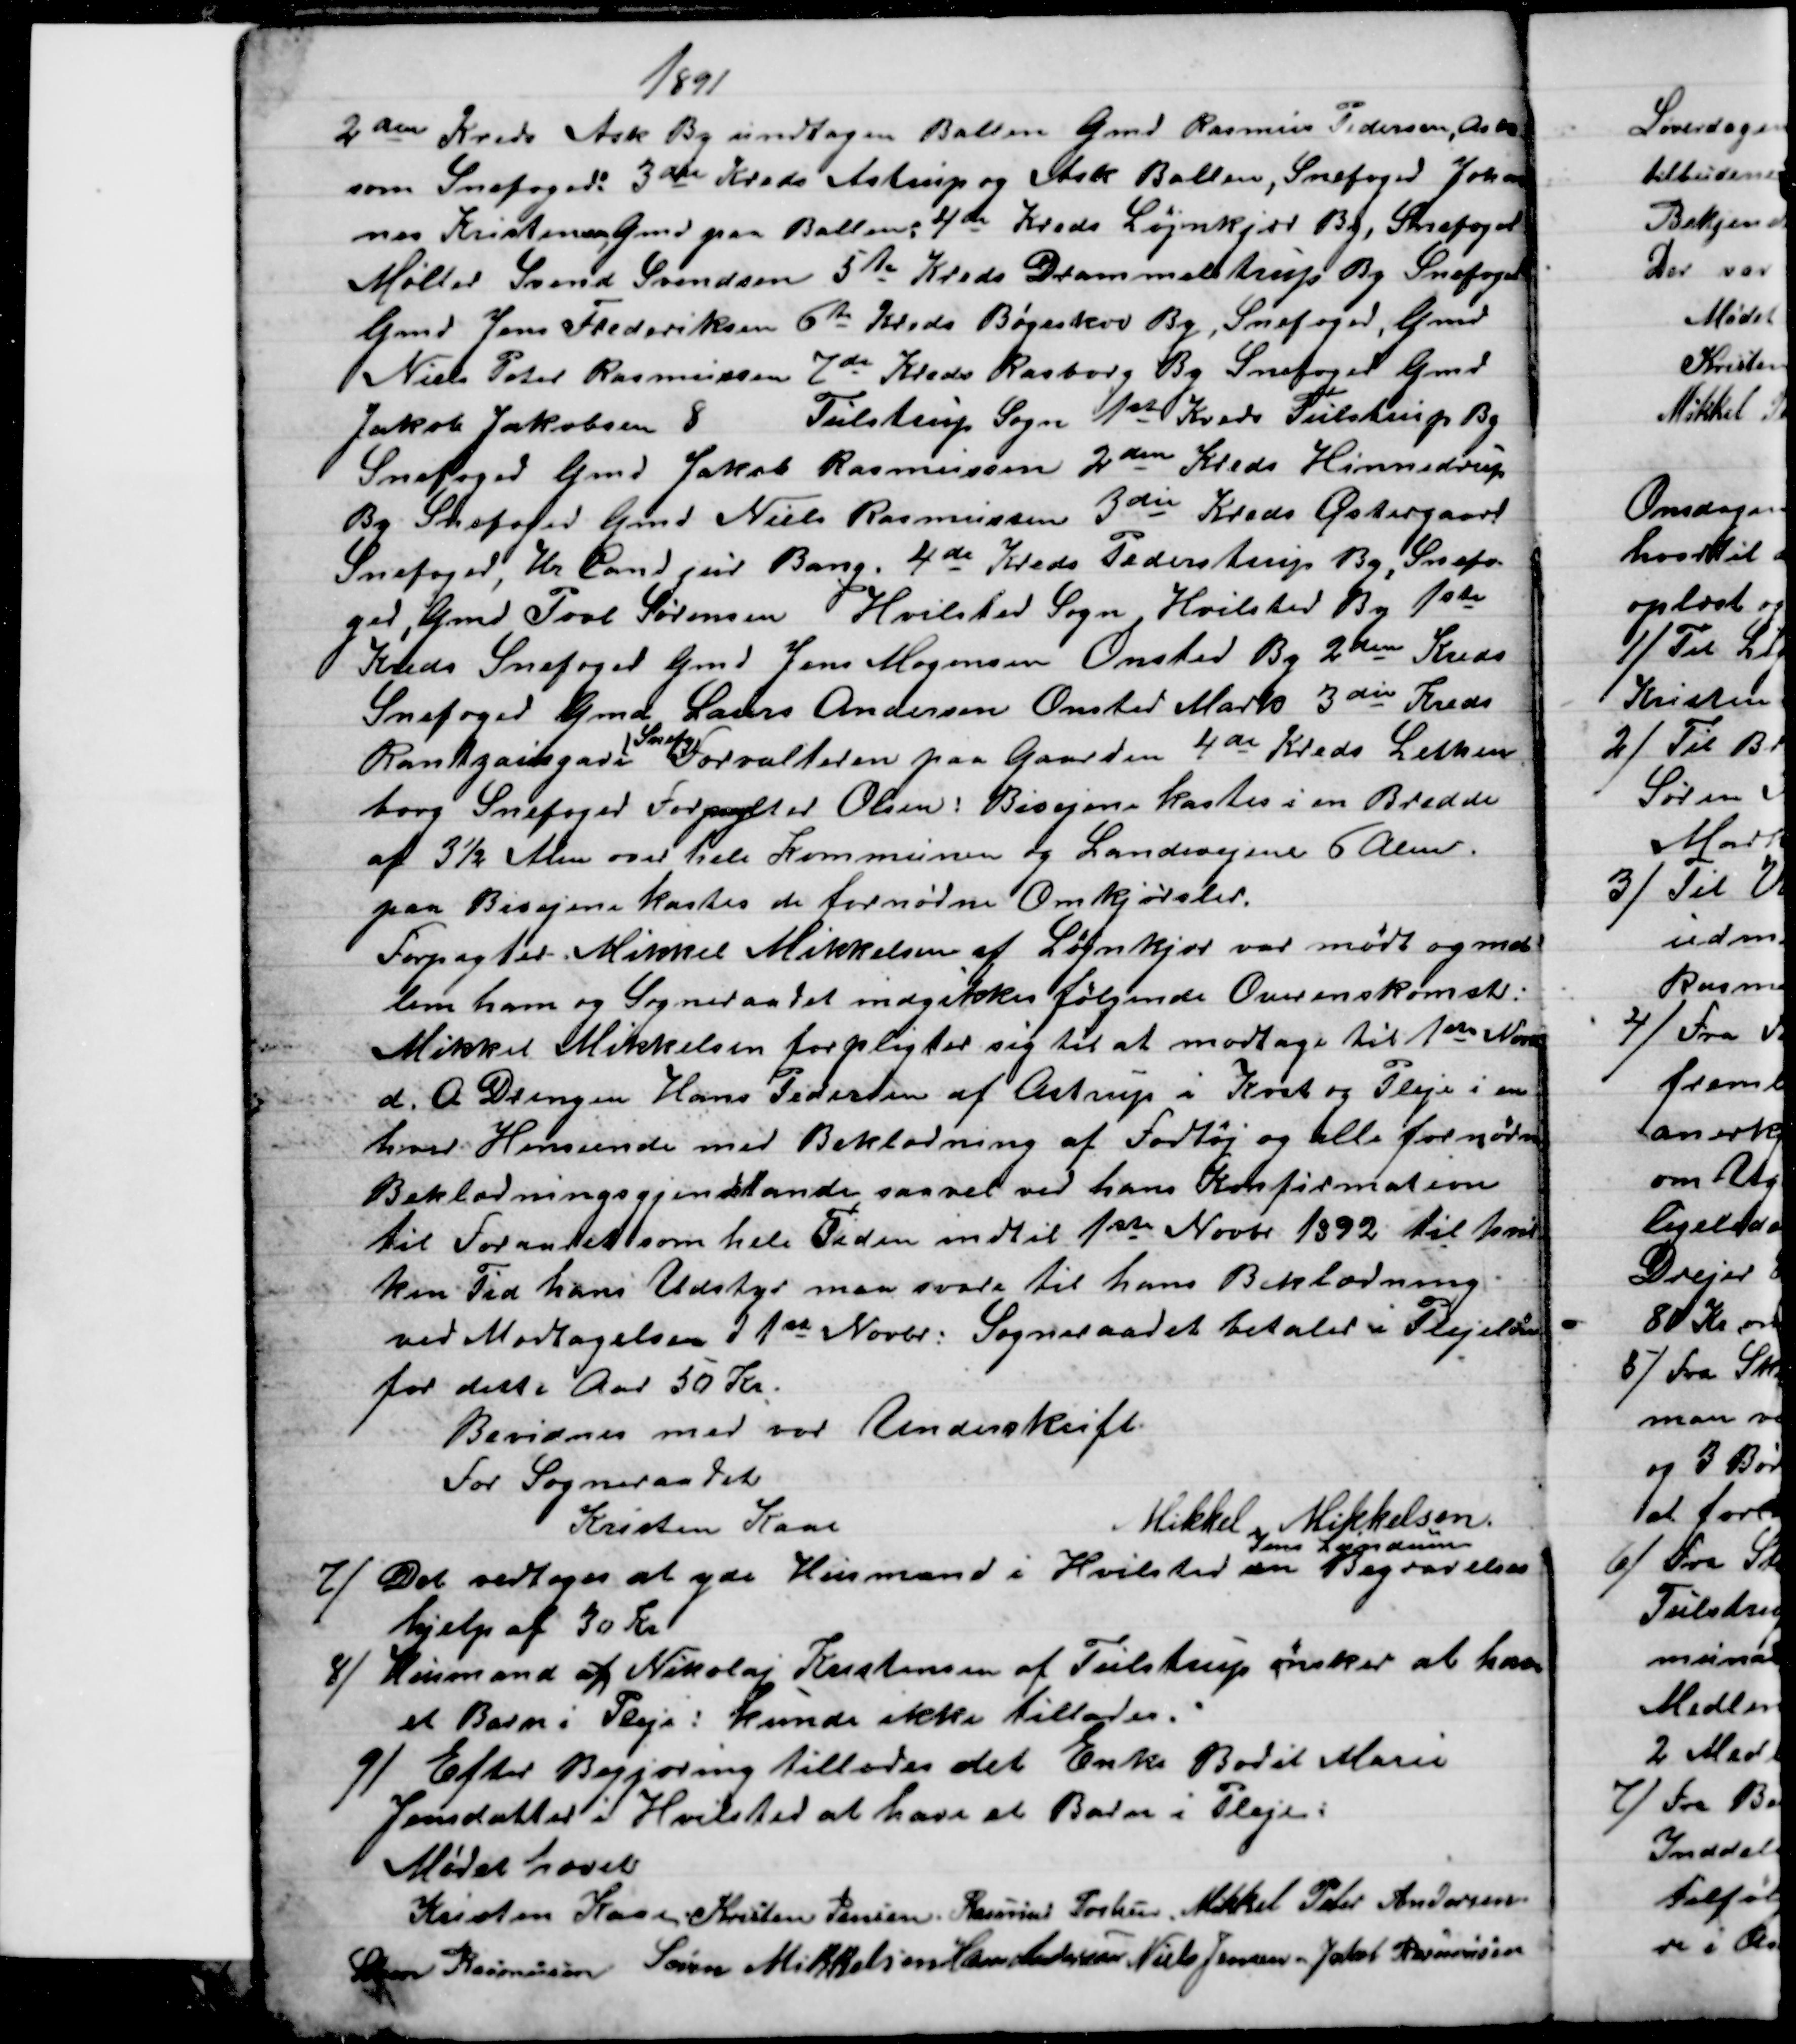
Transskription:
1891
2den Kreds Ask By undtagen Ballen Gmd Rasmus Pedersen, Ask
som Snefoged:  3de Kreds Astrup og Ask Ballen, Snefoged Johan
nes Kristensen, Gmd paa Ballen: 4de Kreds Løjnkjær By, Snefoged
Møller Svend Svendsen 5te Kreds Drammelstrup By Snefoged
Gmd Jens Frederiksen 6te Kreds Bøgeskov By, Snefoged, Gmd
Niels Peter Rasmussen 7de Kreds Rasborg By Snefoged Gmd
Jakob Jakobsen 8
Tulstrup Sogn 1st Kreds Tulstrup By
Snefoged Gmd Jakob Rasmussen 2den Kreds Hinnedrup
By Snefoged Gmd Niels Rasmussen 3die Kreds Østergaard
Snefoged, Hr. Cand jur Bang, 4de Kreds Pederstrup By, Snefo-
ged, Gmd Povl Sørensen   
Hvilsted Sogn, Hvilsted By 1ste
Kreds Snefoged Gmd Jens Mogensen Onsted By 2den Kreds
Snefoged Gmd Laurs Andersen Onsted Mark 3die Kreds
Rantzausgave 
Snefg
Forvalteren paa Gaarden 4de Kreds Lethen
borg Snefoged Forpagter Olsen: Bivejene kastes i en Bredde
af 3½ Alen over hele Kommunen og Landevejene 6 Alen.
paa Bivejene kastes de fornødne Omkjørsler.
Forpagter Mikkel Mikkelsen af Løjnkjær var mødt og mel
lem ham og Sogneraadet indgikkes følgende Overenskomst:
Mikkel Mikkelsen forpligter sig til at modtage til 1ste Novb
d. A. Drengen Hans Pedersen af Astrup i Kost og Pleje i en
hver Henseende med Beklædning af Fodtøj og alle fornødne
Beklædningsgjenstande saavel ved hans Konfirmation
til Foraaret som hele Tiden indtil 1ste Novbr 1892 til hvil
ken Tid hans Udstyr maa svare til hans Beklædning
ved Modtagelsen d 1ste Novbr: Sogneraadet betaler i Plejeløn
for dette Aar 50 Kr.
Bevidnes med vor Underskrift.
For Sogneraadet
Kristen Kaae
Mikkel i Mikkelsen.
7) 
Det vedtoges at yde Husmand i Hvilsted 
Jens Lundum
en Begravelses
hjelp af 30 Kr
8) 
Husmand af Nikolaj Kristensen af Tulstrup ønsker at have
et Barn i Pleje: kunde ikke tillades.
9)
Efter Begjæring tillades det Enke Bodil Marie
Jensdatter i Hvilsted at have at Barn i Pleje:
Mødet hævet
Kristen Kaae. Kristen Jensen. Rasmus Povlsen Mikkel Peter Andersen
Søren Rasmussen Søren Mikkelsen Hans Andersen Niels Jensen Jakob Rasmussen